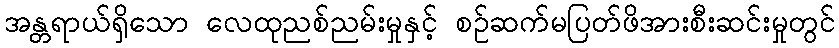
အန္တရာယ်ရှိသော လေထုညစ်ညမ်းမှုနှင့် စဉ်ဆက်မပြတ်ဖိအားစီးဆင်းမှုတွင်